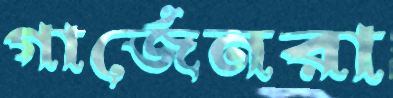
গার্জেনরা